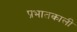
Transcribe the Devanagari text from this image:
प्रभातकाली